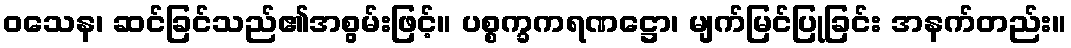
ဝသေန၊ ဆင်ခြင်သည်၏အစွမ်းဖြင့်။ ပစ္စက္ခကရဏဋ္ဌော၊ မျက်မြင်ပြုခြင်း အနက်တည်း။